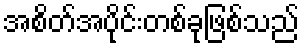
အစိတ်အပိုင်းတစ်ခုဖြစ်သည်